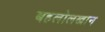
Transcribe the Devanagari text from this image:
बहलोलखान